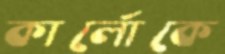
কার্লোকে